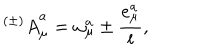
LaTeX: { ^ { ( \pm ) } A } _ { \mu } ^ { a } = \omega _ { \mu } ^ { a } \pm { \frac { e _ { \mu } ^ { a } } { l } } ,